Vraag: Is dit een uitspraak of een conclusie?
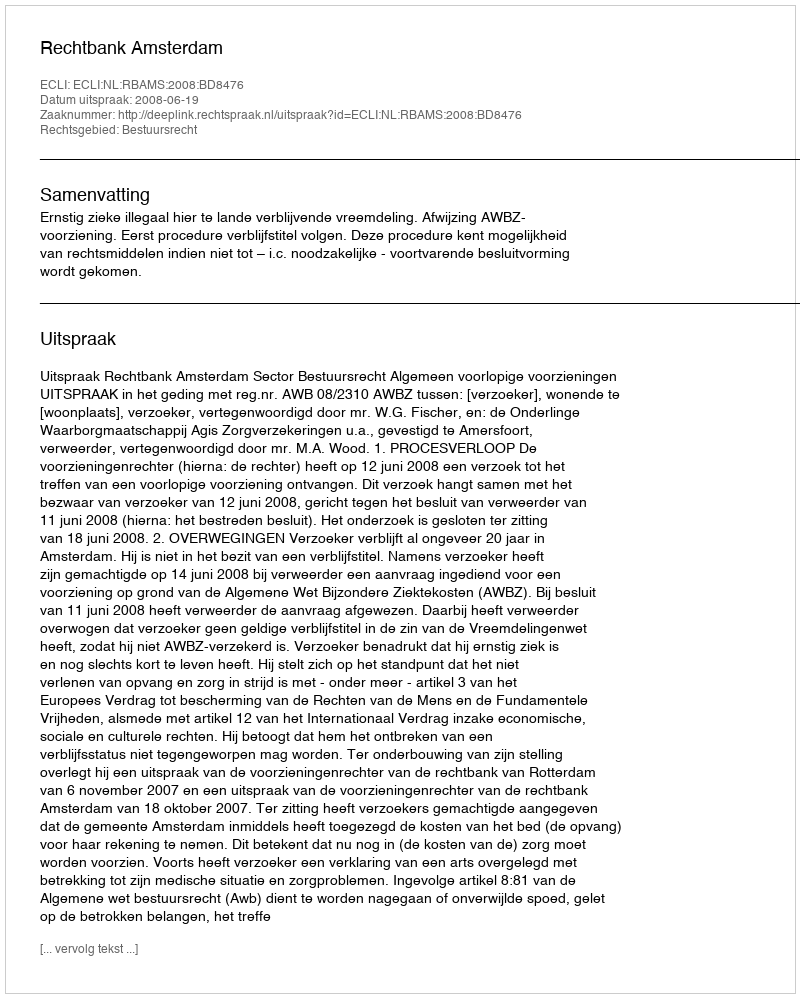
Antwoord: Uitspraak